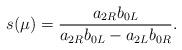
LaTeX: \begin{align*}s(\mu) = \frac{a_{2R} b_{0L}}{a_{2R} b_{0L} - a_{2L} b_{0R}}.\end{align*}